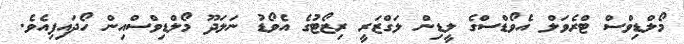
މޯލްޑިވްސް ޓްރެވަލް އެވޯޑްސްގެ ލީޑިން ލަގްޒަރީ ރިޒޯޓުގެ އެވޯޑު ނަލަދޫ މޯލްޑިވްސްއިން ހޯދައިފިއެވެ.